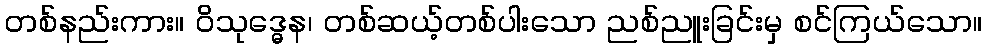
တစ်နည်းကား။ ဝိသုဒ္ဓေန၊ တစ်ဆယ့်တစ်ပါးသော ညစ်ညူးခြင်းမှ စင်ကြယ်သော။